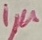
Text: 1µ